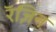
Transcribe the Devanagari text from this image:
रॅज़िन